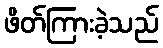
ဖိတ်ကြားခဲ့သည်